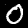
Label: 0